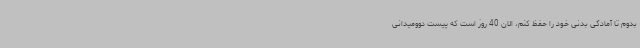
بدوم تا آمادگی بدنی خود را حفظ کنم، الان 40 روز است که پیست دوومیدانی